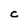
Character: C